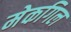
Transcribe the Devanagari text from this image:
मेकगिल